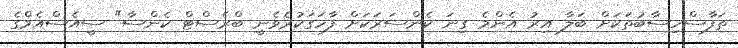
ތަފާސްހިސާބުތަކަށް ބަލާ އިރު އެންމެ ގިނަ ކެންސަރަކަށް ފާހަގަކުރެވެނީ ބްރެސްޓް ކެންސާ" ސީއެސްއެމްގެ